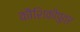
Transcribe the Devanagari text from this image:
कौशिकीपुत्र